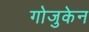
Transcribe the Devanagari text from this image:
गोजुकेन